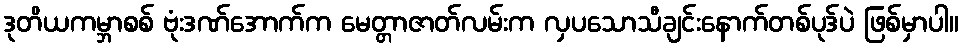
ဒုတိယကမ္ဘာစစ် ဗုံးဒဏ်အောက်က မေတ္တာဇာတ်လမ်းက လှပသောသီချင်းနောက်တစ်ပုဒ်ပဲ ဖြစ်မှာပါ။